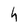
Character: h